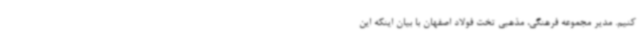
کنیم. مدیر مجموعه فرهنگی، مذهبی تخت فولاد اصفهان با بیان اینکه این